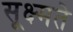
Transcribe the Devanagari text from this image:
सूक्ष्मते